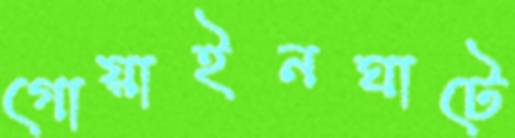
গোয়াইনঘাটে